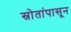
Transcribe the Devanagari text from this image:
स्रोतांपासून